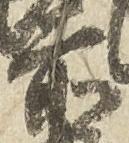
前